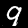
Label: 9